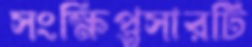
সংক্ষিপ্তসারটি